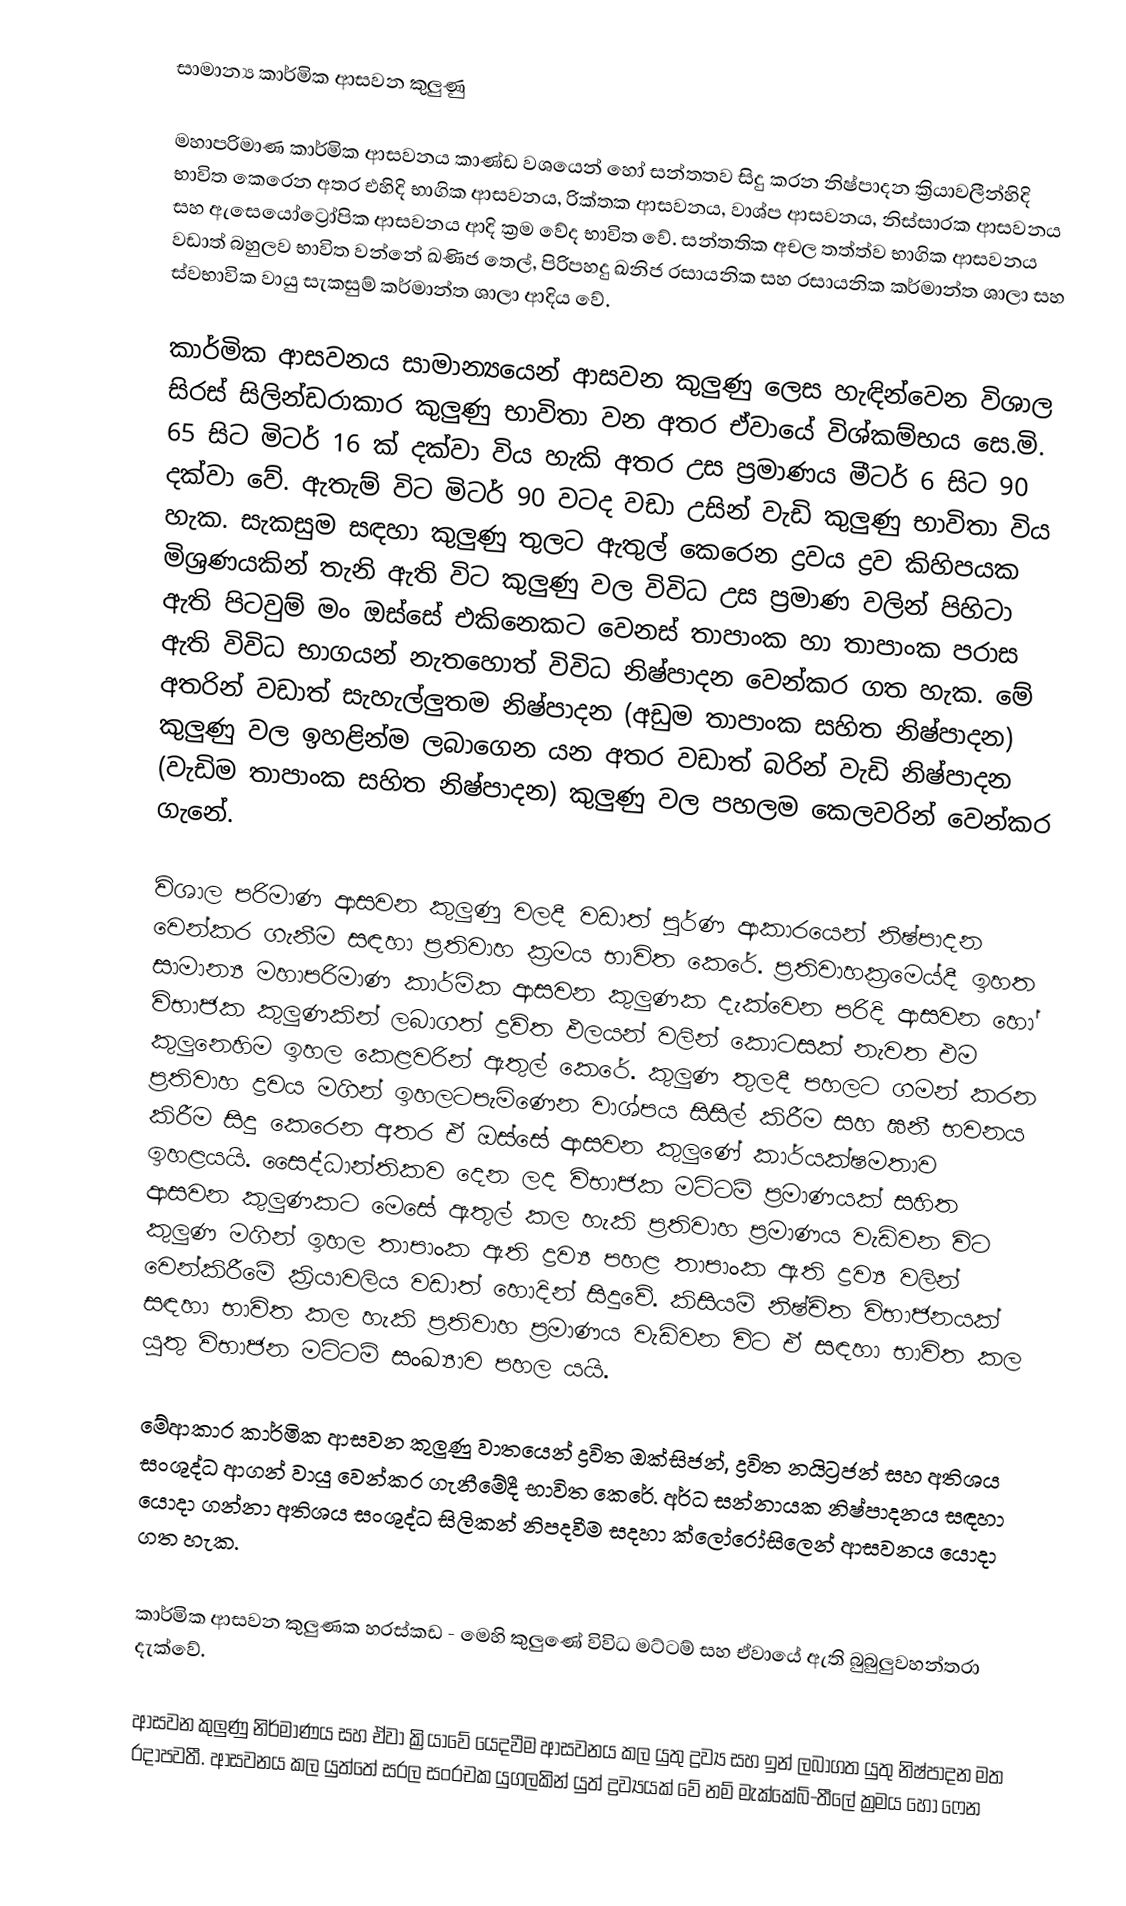
සාමාන්‍ය කාර්මික ආසවන කුලුණු

මහාපරිමාණ කාර්මික ආසවනය කාණ්ඩ වශයෙන් හෝ සන්තතව සිදු කරන නිෂ්පාදන ක්‍රියාවලීන්හිදි භාවිත කෙරෙන අතර එහිදි භාගික ආසවනය, රික්තක ආසවනය, වාශ්ප ආසවනය, නිස්සාරක ආසවනය සහ ඇසෙයෝට්‍රෝපික ආසවනය ආදි ක්‍රම වේද භාවිත වේ. සන්තතික අචල තත්ත්ව භාගික ආසවනය වඩාත් බහුලව භාවිත වන්නේ ඛණිජ තෙල්, පිරිපහදු ඛනිජ රසායනික සහ රසායනික කර්මාන්ත ශාලා සහ ස්වභාවික වායු සැකසුම් කර්මාන්ත ශාලා ආදිය වේ.

කාර්මික ආසවනය සාමාන්‍යයෙන් ආසවන කුලුණු ලෙස හැඳින්වෙන විශාල සිරස් සිලින්ඩරාකාර කුලුණු භාවිතා වන අතර ඒවායේ විශ්කම්භය සෙ.මි. 65 සිට මිටර් 16 ක් දක්වා විය හැකි අතර උස ප්‍රමාණය මීටර් 6 සිට 90 දක්වා වේ. ඇතැම් විට මිටර් 90 වටද වඩා උසින් වැඩි කුලුණු භාවිතා විය හැක. සැකසුම සඳහා කුලුණු තුලට ඇතුල් කෙරෙන ද්‍රවය ද්‍රව කිහිපයක මිශ්‍රණයකින් තැනි ඇති විට කුලුණු වල විවිධ උස ප්‍රමාණ වලින් පිහිටා ඇති පිටවුම් මං ඔස්සේ  එකිනෙකට වෙනස් තාපාංක හා තාපාංක පරාස ඇති විවිධ භාගයන් නැතහොත් විවිධ නිෂ්පාදන වෙන්කර ගත හැක.  මේ අතරින් වඩාත් සැහැල්ලුතම නිෂ්පාදන (අඩුම තාපාංක සහිත නිෂ්පාදන) කුලුණු වල ඉහළින්ම ලබාගෙන යන අතර වඩාත් බරින් වැඩි නිෂ්පාදන (වැඩිම තාපාංක සහිත නිෂ්පාදන) කුලුණු වල පහලම කෙලවරින් වෙන්කර ගැනේ.

විශාල පරිමාණ ආසවන කුලුණු වලදී වඩාත් පුර්ණ ආකාරයෙන් නිෂ්පාදන වෙන්කර ගැනීම සඳහා ප්‍රතිවාහ ක්‍රමය භාවිත කෙරේ. ප්‍රතිවාහක්‍රම‍ෙය්දී ඉහත සාමාන්‍ය මහාපරිමාණ කාර්මික ආසවන කුලුණක දැක්වෙන පරිදි ආසවන හෝ විභාජක කුලුණකින් ලබාගත් ද්‍රවිත ඵලයන් වලින් කොටසක් නැවත එම කුලුනෙහිම ඉහල කෙළවරින් ඇතුල් කෙරේ. කුලුණ තුලදී පහලට ගමන් කරන ප්‍රතිවාහ ද්‍රවය  මගින් ඉහලට‍පැමිණෙන වාශ්පය සිසිල් කිරීම සහ ඝනී භවනය කිරීම සිදු කෙරෙන අතර ඒ ඔස්සේ ආසවන කුලුණේ කාර්යක්ෂමතාව ඉහළයයි. සෛද්ධාන්තිකව දෙන ලද විභාජක මට්ටම් ප්‍රමාණයක් සහිත ආසවන කුලුණකට මෙසේ ඇතුල් කල හැකි ප්‍රතිවාහ ප්‍රමාණය වැඩිවන විට කුලුණ මගින් ඉහල තාපාංක ඇති ද්‍රව්‍ය පහළ තාපාංක ඇති ද්‍රව්‍ය වලින් වෙන්කිරීමේ ක්‍රියාවලිය වඩාත් හොදින් සිදුවේ. කිසියම් නිෂ්චිත විභාජනයක් සඳහා භාවිත කල හැකි ප්‍රතිවාහ ප්‍රමාණය වැඩිවන විට ඒ සඳහා භාවිත කල යුතු විභාජන මට්ටම් සංඛ්‍යාව පහල යයි.

මේආකාර කාර්මික ආසවන කුලුණු වාතයෙන් ද්‍රවිත ඔක්සිජන්, ද්‍රවිත නයිට්‍රජන් සහ අතිශය සංශුද්ධ ආගන් වායු වෙන්කර ගැනීමේදී භාවිත කෙරේ. අර්ධ සන්නායක නිෂ්පාදනය සඳහා යොදා ගන්නා අතිශය සංශුද්ධ සිලිකන් නිපදවීම සදහා ක්ලෝරෝසිලෙන් ආසවනය යොදා ගත හැක.

කාර්මික ආසවන කුලුණක හරස්කඩ - මෙහි කුලුණේ විවිධ මට්ටම් සහ ඒවායේ ඇති බුබුලුවහන්තරා දැක්වේ.

ආසවන කුලුණු නිර්මාණය සහ ඒවා ක්‍රියාවේ යෙදවීම ආසවනය කල යුතු ද්‍රව්‍ය සහ ඉන් ලබාගත යුතු නිෂ්පාදන මත රදාපවතී. ආසවනය කල යුත්තේ සරල සංරචක යුගලකින් යුත් ද්‍රව්‍යයක් වේ නම් මැක්කේබ්-තීලේ ක්‍රමය හෝ ෆෙන